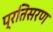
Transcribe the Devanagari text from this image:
प्रतिसरण